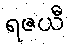
ရဇယီ